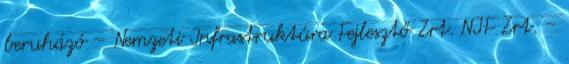
beruházó – Nemzeti Infrastruktúra Fejlesztő Zrt. NIF Zrt. –